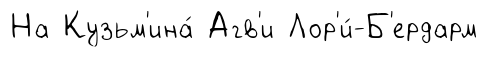
На Кузьм'ина́ Агв'и Лор'и́-Б'ердарм